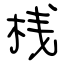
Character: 桟